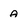
Character: a